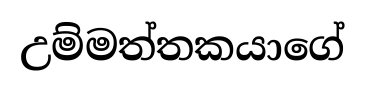
උම්මත්තකයාගේ